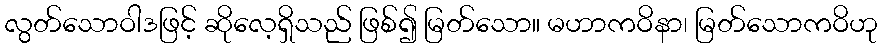
လွတ်သောဝါဒဖြင့် ဆိုလေ့ရှိသည် ဖြစ်၍ မြတ်သော။ မဟာကဝိနာ၊ မြတ်သောကဝိဟု